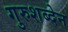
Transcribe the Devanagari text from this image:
गुरुशब्देन